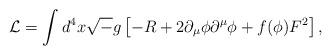
LaTeX: \begin{align*}{\cal L} = \int d^4 x {\sqrt -g} \left[ -R + 2 \partial_{\mu}\phi \partial ^{\mu}\phi + f( \phi ) F^2 \right] ,\end{align*}